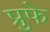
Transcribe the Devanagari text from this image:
प्रुफे